Vaccine operations Central Provinces & Berar 1912-1920 - 1912-1920
Year: 1912
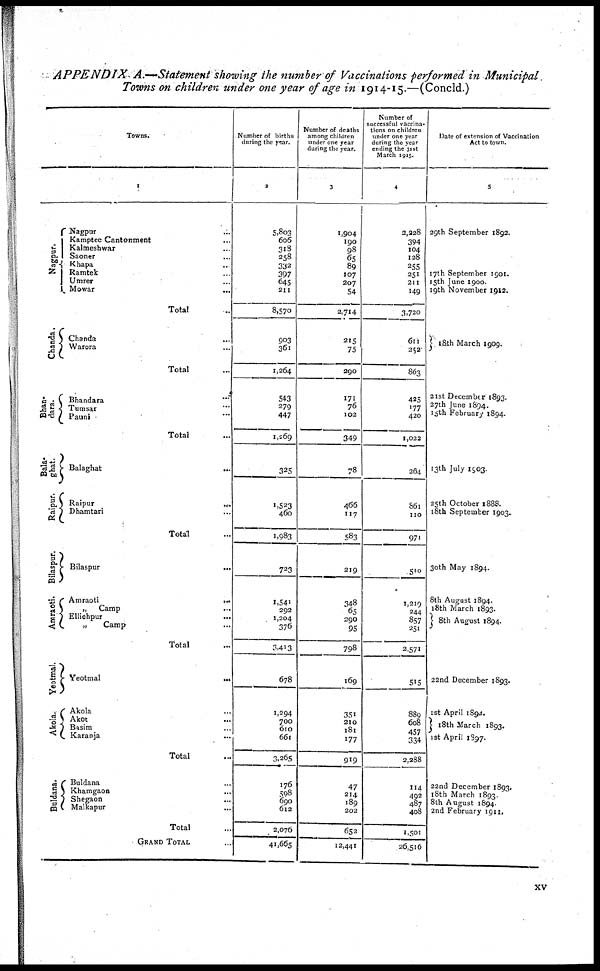
APPENDIX A.—Statement showing the number of Vaccinations performed in Municipal
Towns on children under one year of age in 1914-15.—(Concld.)
Towns.
1
Nagpur.
Chanda.
Bhan¬
dara.
Bala¬
ghat.
Raipur.
Bilaspur.
Amraoti.
Yeotmal.
Akola.
Buldana.
Nagpur
...
Kamptee Cantonment ...
Kalmeshwar ...
Saoner ...
Khapa ...
Ramtek ...
Umrer ...
Mowar ...
Total ...
Chanda ...
Warora ...
Total ...
Bhandara ...
Tumsar ...
Pauni ...
Total ...
Balaghat
...
Raipur
...
Dhamtari ...
Total ...
Bilaspur
...
...
Amraoti
...
„
Camp
...
Ellichpur
...
„
Camp
...
Total ...
Yeotmal
...
Akola ...
Akot ...
Basim ...
Karanja
...
Total ...
Buldana
...
Khamgaon ...
Shegaon ...
Malkapur
...
Total ...
GRAND TOTAL ...
Number of births
during the year.
2
5,803
606
318
258
332
397
645
211
8,570
903
361
1,264
543
279
447
1,269
325
1,523
460
1,983
723
1,541
292
1,204
376
3,413
678
1,294
700
610
661
3,265
176
598
690
612
2,076
41,665
Number of deaths
among children
under one year
during the year.
3
1,904
190
98
65
89
107
207
54
2,714
215
75
290
171
76
102
349
78
466
117
583
219
348
65
290
95
798
169
351
210
181
177
919
47
214
189
202
652
12,441
Number of
successful vaccina-
tions on children
under one year
during the year
ending the 31st
March 1915.
4
2,228
394
104
128
255
251
211
149
3,720
611
252
863
425
177
420
1,022
264
861
110
971
510
1,219
244
857
251
2,571
515
889
608
457
334
2,288
114
492
487
408
1,501
26,516
Date of extension of Vaccination
Act to town.
5
29th September 1892.
17th September 1901.
15th June 1900.
19th November 1912.
21st December 1893.
27th June 1894
15th February 1894.
13th July 1903.
25th October 1888.
18th September 1903.
30th May 1894.
8th August 1894.
18th March 1893.
8th August 1894.
22nd December 1893.
1st April 1894.
18th March 1893.
1st April 1897.
22nd December 1893.
18th March 1893.
8th August 1894.
2nd February 1911.
xv